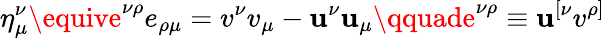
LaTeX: \eta_{\mu}^{\nu}\equive^{\nu\rho}e_{\rho\mu}=v^{\nu}v_{\mu}-\mathbf{u}^{\nu}\mathbf{u}_{\mu}\qquade^{\nu\rho}\equiv\mathbf{u}^{[\nu}v^{\rho]}